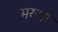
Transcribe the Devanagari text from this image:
मरुधा